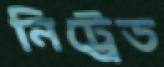
নিট্রেড